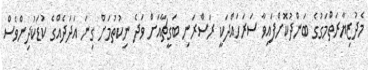
މެދުޒިޔާރަތްމަގުގެ ބަންދުކޮށްފައިވާ ސަރަހައްދަކީ ރަސްރަނި ބަގީޗާއަށް ވަދެ ނިކުތުމަށް ގިނަ އަދަދެއްގެ ކުޑަކުދިންވެސް